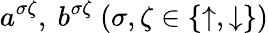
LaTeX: a^{\sigma\zeta},~b^{\sigma\zeta}~(\sigma,\zeta\in\{ \uparrow,\downarrow\} )